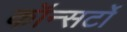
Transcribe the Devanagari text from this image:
कॉन्सर्टो